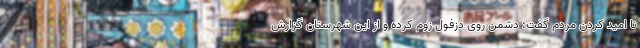
نا امید کردن مردم گفت: دشمن روی دزفول زوم کرده و از این شهرستان گزارش